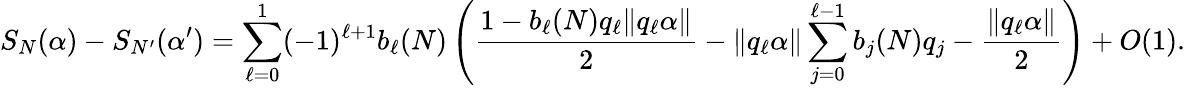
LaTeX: S_{N}(\alpha)-S_{N^{\prime}}(\alpha^{\prime})=\sum_{\ell=0}^{1}(-1)^{\ell+1}b_{\ell}(N)\left(\frac{1-b_{\ell}(N)q_{\ell}\| q_{\ell}\alpha\| }{2}-\| q_{\ell}\alpha\| \sum_{j=0}^{\ell-1}b_{j}(N)q_{j}-\frac{\| q_{\ell}\alpha\| }{2}\right)+O(1).